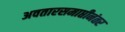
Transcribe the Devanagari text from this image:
अवतारसमाप्तीनंतर